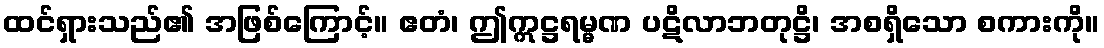
ထင်ရှားသည်၏ အဖြစ်ကြောင့်။ ဧတံ၊ ဤဣဋ္ဌရမ္မဏ ပဋိလာဘတုဋ္ဌိ၊ အစရှိသော စကားကို။